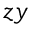
z y